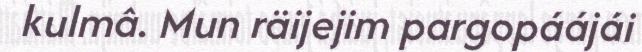
kulmâ. Mun räijejim pargopáájái